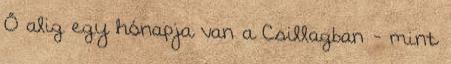
Ő alig egy hónapja van a Csillagban - mint